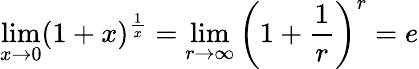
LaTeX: \operatorname*{lim}_{x\to 0}(1+x)^{\frac{1}{x}}=\operatorname*{lim}_{r\to\infty}\left(1+{\frac{1}{r}}\right)^{r}=e